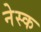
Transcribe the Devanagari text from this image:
नेस्क